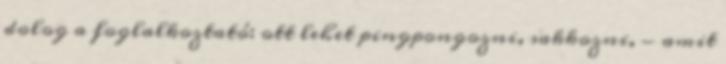
dolog a foglalkoztató: ott lehet pingpongozni, sakkozni, - amit